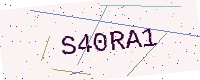
Text: S40RA1